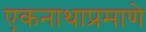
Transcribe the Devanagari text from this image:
एकनाथाप्रमाणे